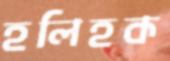
হলিহক